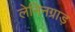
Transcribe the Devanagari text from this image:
लेनिनग्राड़